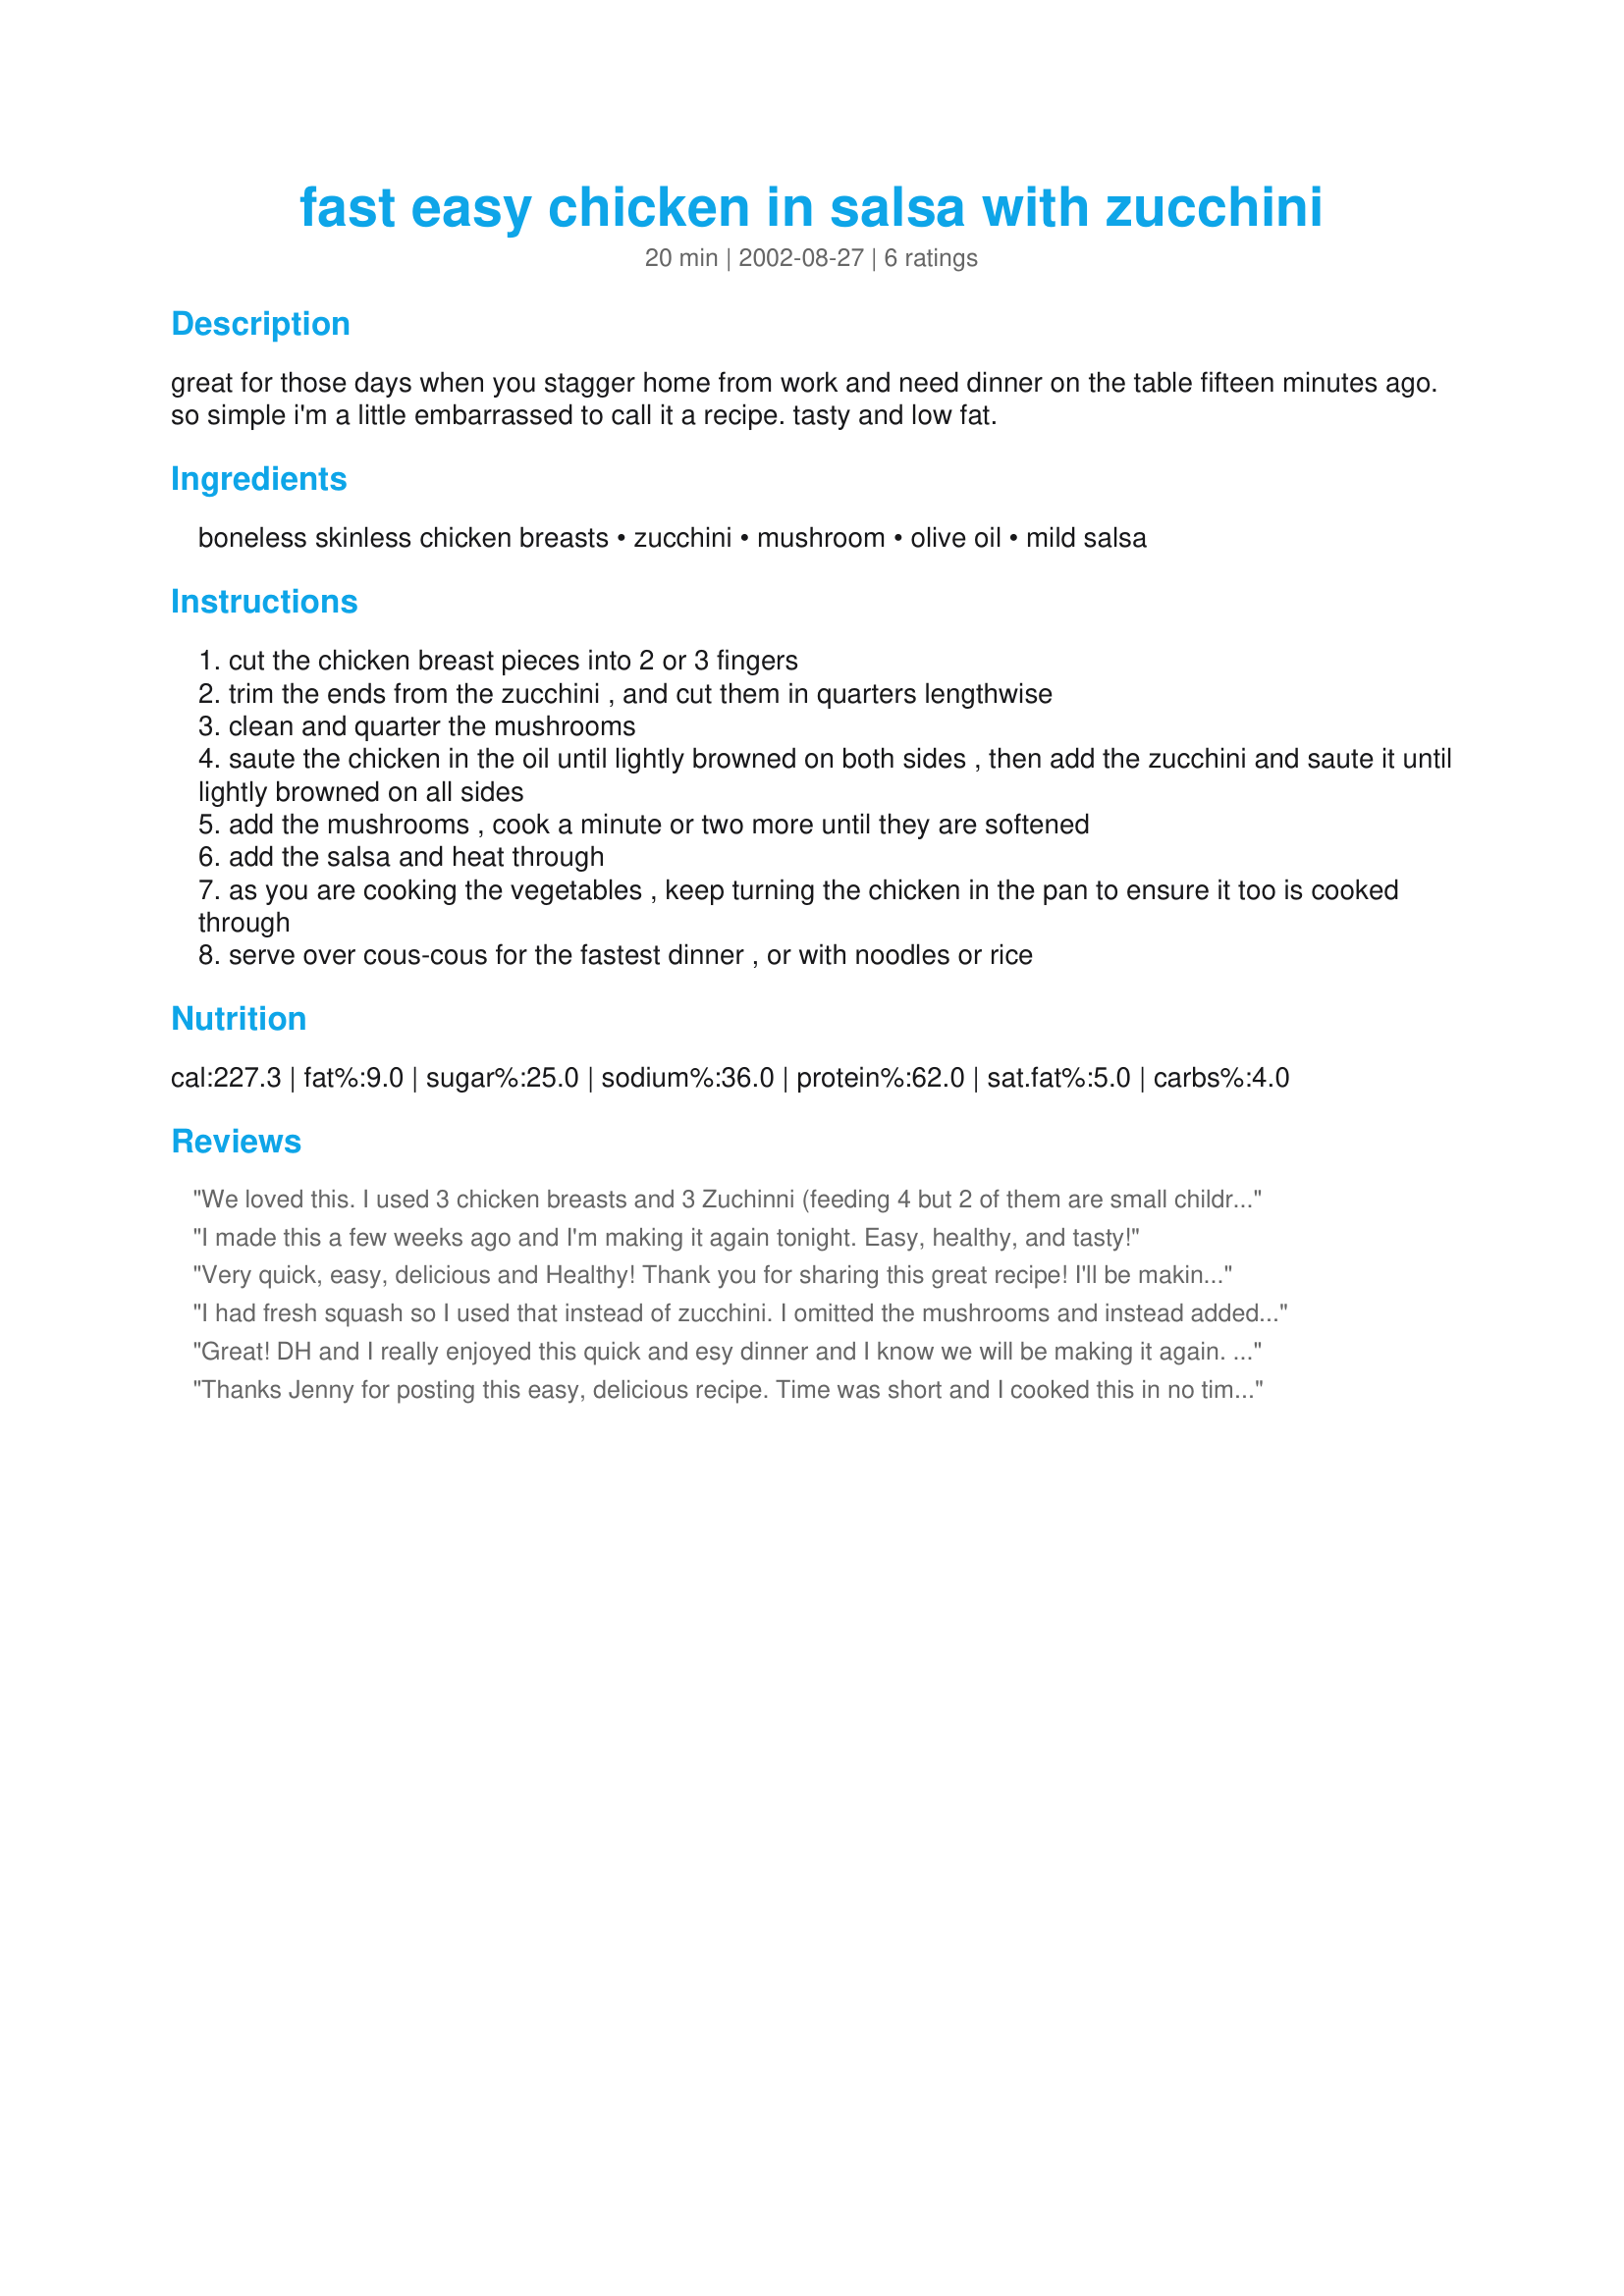
fast easy chicken in salsa with zucchini
Preparation time: 20 minutes

great for those days when you stagger home from work and need dinner on the table fifteen minutes ago. so simple i'm a little embarrassed to call it a recipe. tasty and low fat.

Ingredients:
boneless skinless chicken breasts, zucchini, mushroom, olive oil, mild salsa

Steps:
cut the chicken breast pieces into 2 or 3 fingers
trim the ends from the zucchini , and cut them in quarters lengthwise
clean and quarter the mushrooms
saute the chicken in the oil until lightly browned on both sides , then add the zucchini and saute it until lightly browned on all sides
add the mushrooms , cook a minute or two more until they are softened
add the salsa and heat through
as you are cooking the vegetables , keep turning the chicken in the pan to ensure it too is cooked through
serve over cous-cous for the fastest dinner , or with noodles or rice

Reviews:
We loved this. I used 3 chicken breasts and 3 Zuchinni (feeding 4 but 2 of them are small children with smallish appetites). My chicken was still mildly frozen so it never browned (because of the extra liquid) but had a wonderful taste! I want to try this next with mango salsa for a sweeter taste (just as something different). I served this with Cajun Roast Potatoes #69636 instead of rice or pasta. Yum! Thanks Jenny!
I made this a few weeks ago and I'm making it again tonight. Easy, healthy, and tasty!
Very quick, easy, delicious and Healthy! Thank you for sharing this great recipe! I'll be making it often...
I had fresh squash so I used that instead of zucchini. I omitted the mushrooms and instead added an entire bag of thawed broccoli, carrots and cauliflower. I served it all over couscous that I cooked in homemade chicken broth. And I added some pepper jack cheese on top! Pretty good weeknight meal and easy clean up. I will make it again! Thanks
Great! DH and I really enjoyed this quick and esy dinner and I know we will be making it again. I used a mild salsa and sliced mushrooms.
Thanks Jenny for posting this easy, delicious recipe. Time was short and I cooked this in no time. It was very tasty, and they chicken was moist as I kept turning it like you suggested. I made my own salsa which was good. I didn't serve it on anything as I served a Mexican slaw instead. Thanks for sharing this good recipe.
